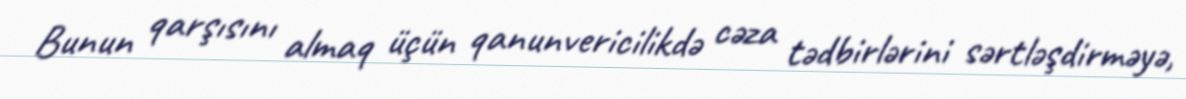
Bunun qarşısını almaq üçün qanunvericilikdə cəza tədbirlərini sərtləşdirməyə,